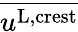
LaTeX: \overline{{u^{\textnormal{L,crest}}}}